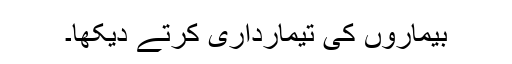
بیماروں کی تیمارداری کرتے دیکھا۔